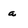
Character: a